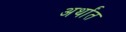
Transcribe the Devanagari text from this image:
अर्थांत